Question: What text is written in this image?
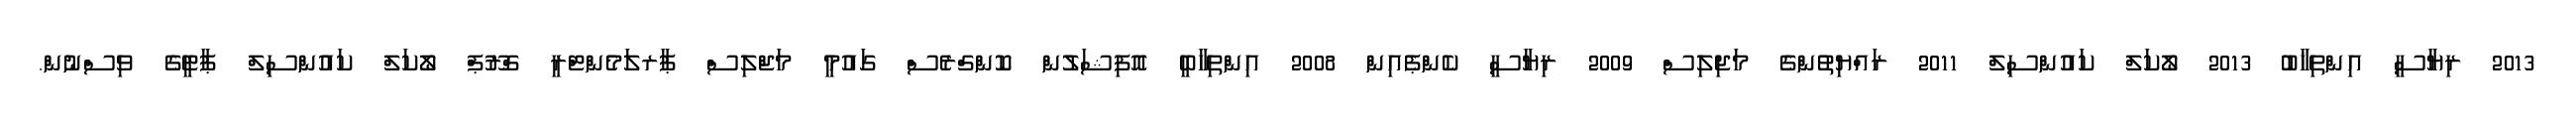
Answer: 2013 ރިޔާސީ އިންތިޚާބު 2013 ލޯކަލް ކައުންސިލް 2011 ރައްޔިތުންގެ މަޖިލިސް 2009 ރިޔާސީ ކެންޕެއިން 2008 އިންތިހާބީ އޮފިޝަލުން ކޮންގްރެސް ގައުމީ މަޖްލިސް ޕާރލަމެންޓްރީ ގްރޫޕް ލޯކަލް ކައުންސިލް ޕާޓީގެ ވިސްނުން.